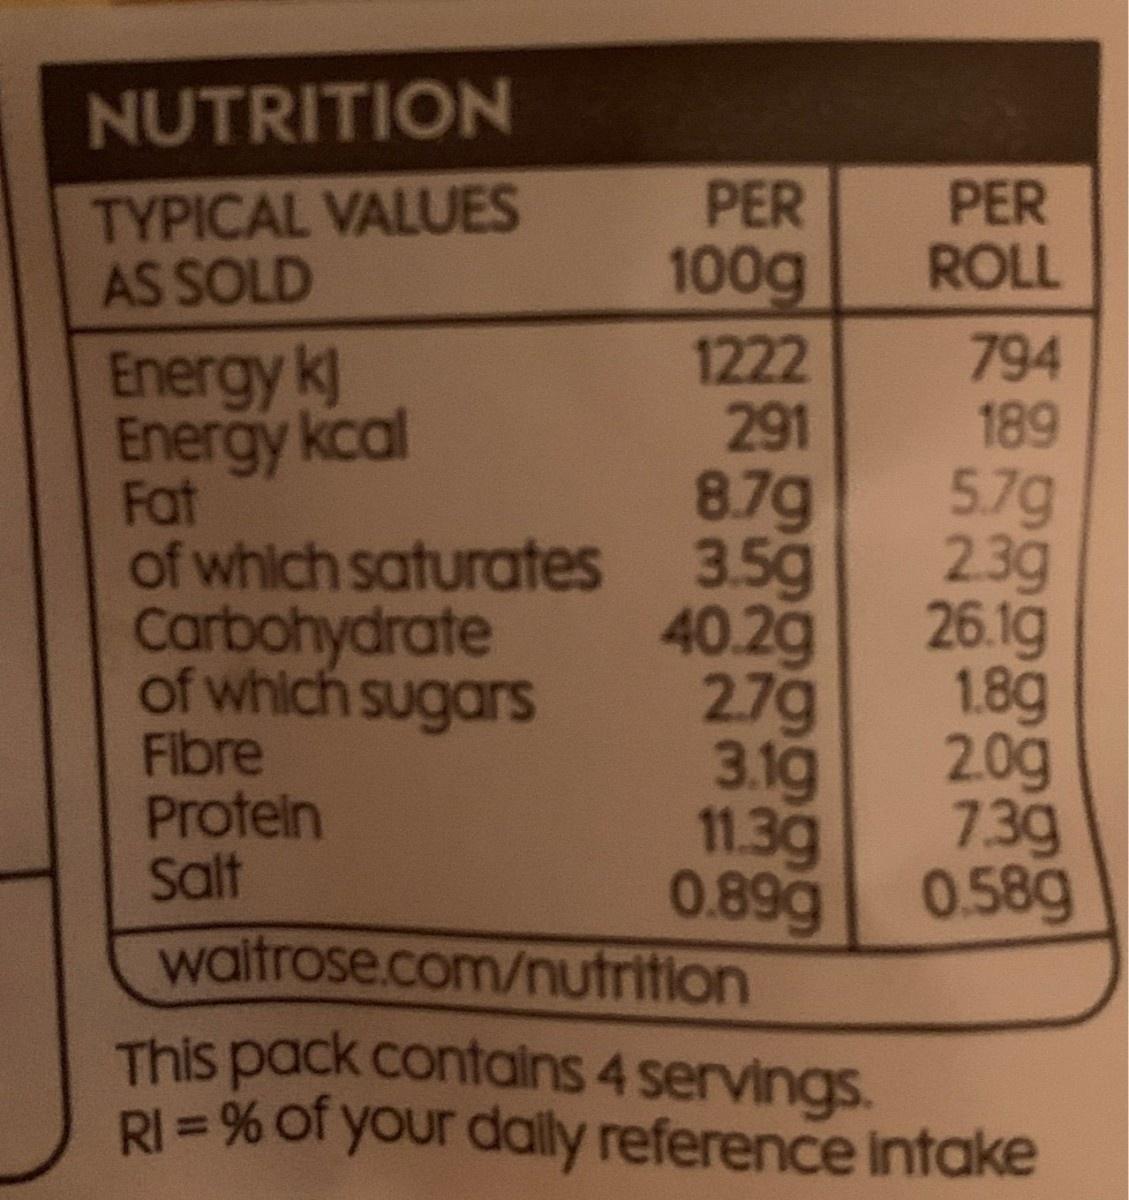
NUTRITION PER TYPICAL VALUES AS SOLD 100g PER ROLL 794 189 5.7g 23g 26.1g 1.8g 2.0g 739 1222 291 8.7g Energy k Energy kcal Fat of which saturates 3.5g Carbohydrate of which sugars Fibre Protein Salt 40.2g 27g 3.1g 11.3g 0.89g 0.58g waitrose.com/nutrition This pack contains 4 servings. RI = % of your dally reference Intake